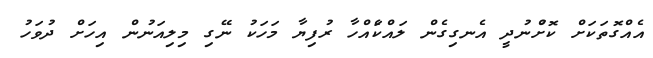
އެއްގޮތަކަށް ކޮށްުނުދީ އެނގިގެން ލައްކަެއްހާ ރުފިޔާ މަހަކު ނޭގި މިލިއަނުން އިހަށް ދުވަހު